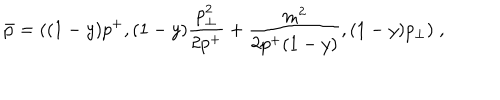
LaTeX: \bar { p } = ( ( 1 - y ) p ^ { + } , ( 1 - y ) { \frac { p _ { \perp } ^ { 2 } } { 2 p ^ { + } } } + { \frac { m ^ { 2 } } { 2 p ^ { + } ( 1 - y ) } } , ( 1 - y ) p _ { \perp } ) \; ,